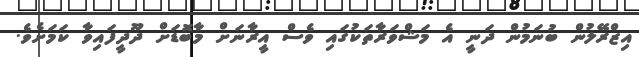
އިޒްރޭލުން ބުނަމުން ދަނީ އެ މަޝްވަރާތަކުގައި ވެސް އީރާނަށް މާބޮޑަށް ދޫދީފައިވާ ކަމަށެވެ.